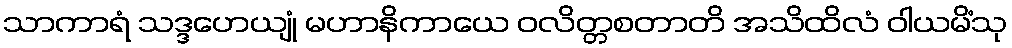
သာကာရံ သဒ္ဒဟေယျုံ မဟာနိကာယေ ဝလိတ္တစတာတိ အသိထိလံ ဝါယမိံသု